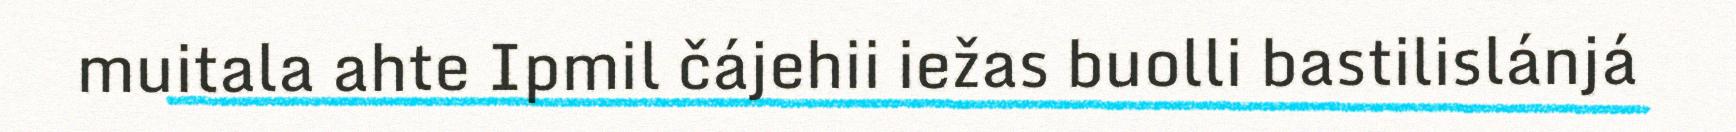
muitala ahte Ipmil čájehii iežas buolli bastilislánjá